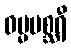
ဓမ္မမစ္ဆရီ